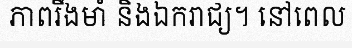
ភាពរឹងមាំ និងឯករាជ្យ។ នៅពេល